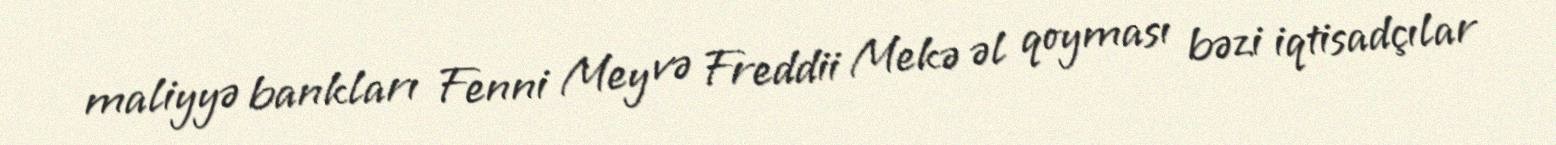
maliyyə bankları Fenni Mey və Freddii Mekə əl qoyması bəzi iqtisadçılar